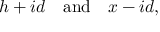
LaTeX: h + i d \quad { \mathrm { a n d } } \quad x - i d ,